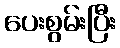
ပေးစွမ်းပြီး